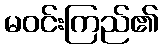
မဝင်းကြည်၏